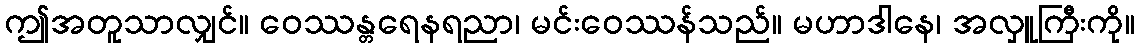
ဤအတူသာလျှင်။ ဝေဿန္တရေနရညာ၊ မင်းဝေဿန်သည်။ မဟာဒါနေ၊ အလှူကြီးကို။